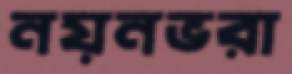
নয়নভরা